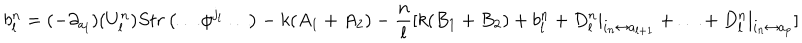
b _ { l } ^ { n } = ( - \partial _ { a _ { l } } ) ( U _ { l } ^ { n } ) S t r \left( \ldots \phi ^ { j _ { l } } \ldots \right) - k ( A _ { 1 } + A _ { 2 } ) - \frac { n } { l } [ k ( B _ { 1 } + B _ { 2 } ) + b _ { l } ^ { n } + D _ { l } ^ { n } | _ { i _ { n } \leftrightarrow a _ { l + 1 } } + \ldots + D _ { l } ^ { n } | _ { i _ { n } \leftrightarrow a _ { p } } ]